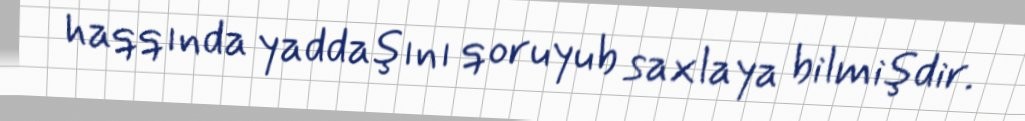
haqqında yaddaşını qoruyub saxlaya bilmişdir.